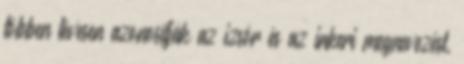
többen tévesen azonosítják az izsór és az inkeri megnevezést,